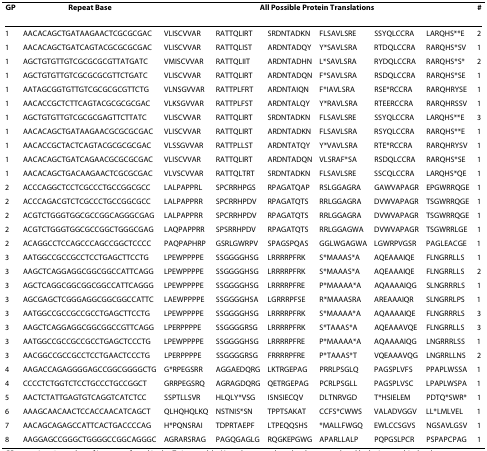
<table><thead><tr><td><b>GP</b></td><td><b>Repeat Base</b></td><td colspan="6"><b>All Possible Protein Translations</b></td><td><b>#</b></td></tr></thead><tbody><tr><td>1</td><td>AACACAGCTGATAAGAACTCGCGCGAC</td><td>VLISCVVAR</td><td>RATTQLIRT</td><td>SRDNTADKN</td><td>FLSAVLSRE</td><td>SSYQLCCRA</td><td>LARQHS**E</td><td>2</td></tr><tr><td>1</td><td>AACACAGCTGATCAGTACGCGCGCGAC</td><td>VLISCVVAR</td><td>RATTQLIST</td><td>ARDNTADQY</td><td>Y*SAVLSRA</td><td>RTDQLCCRA</td><td>RARQHS*SV</td><td>1</td></tr><tr><td>1</td><td>AGCTGTGTTGTCGCGCGCGTTATGATC</td><td>VMISCVVAR</td><td>RATTQLIIT</td><td>ARDNTADHN</td><td>L*SAVLSRA</td><td>RYDQLCCRA</td><td>RARQHS*S*</td><td>2</td></tr><tr><td>1</td><td>AGCTGTGTTGTCGCGCGCGTTCTGATC</td><td>VLISCVVAR</td><td>RATTQLIRT</td><td>ARDNTADQN</td><td>F*SAVLSRA</td><td>RSDQLCCRA</td><td>RARQHS*SE</td><td>1</td></tr><tr><td>1</td><td>AATAGCGGTGTTGTCGCGCGCGTTCTG</td><td>VLNSGVVAR</td><td>RATTPLFRT</td><td>ARDNTAIQN</td><td>F*IAVLSRA</td><td>RSE*RCCRA</td><td>RARQHRYSE</td><td>1</td></tr><tr><td>1</td><td>AACACCGCTCTTCAGTACGCGCGCGAC</td><td>VLKSGVVAR</td><td>RATTPLFST</td><td>ARDNTALQY</td><td>Y*RAVLSRA</td><td>RTEERCCRA</td><td>RARQHRSSV</td><td>1</td></tr><tr><td>1</td><td>AGCTGTGTTGTCGCGCGAGTTCTTATC</td><td>VLISCVVAR</td><td>RATTQLIRT</td><td>SRDNTADKN</td><td>FLSAVLSRE</td><td>SSYQLCCRA</td><td>LARQHS**E</td><td>3</td></tr><tr><td>1</td><td>AACACAGCTGATAAGAACGCGCGCGAC</td><td>VLISCVVAR</td><td>RATTQLIRT</td><td>ARDNTADKN</td><td>FLSAVLSRA</td><td>RSYQLCCRA</td><td>RARQHS**E</td><td>1</td></tr><tr><td>1</td><td>AACACCGCTACTCAGTACGCGCGCGAC</td><td>VLSSGVVAR</td><td>RATTPLLST</td><td>ARDNTATQY</td><td>Y*VAVLSRA</td><td>RTE*RCCRA</td><td>RARQHRYSV</td><td>1</td></tr><tr><td>1</td><td>AACACAGCTGATCAGAACGCGCGCGAC</td><td>VLISCVVAR</td><td>RATTQLIRT</td><td>ARDNTADQN</td><td>VLSRAF*SA</td><td>RSDQLCCRA</td><td>RARQHS*SE</td><td>1</td></tr><tr><td>1</td><td>AACACAGCTGACAAGAACTCGCGCGAC</td><td>VLVSCVVAR</td><td>RATTQLTRT</td><td>SRDNTADKN</td><td>FLSAVLSRE</td><td>SSCQLCCRA</td><td>LARQHS*QE</td><td>1</td></tr><tr><td>2</td><td>ACCCAGGCTCCTCGCCCTGCCGGCGCC</td><td>LALPAPPRL</td><td>SPCRRHPGS</td><td>RPAGATQAP</td><td>RSLGGAGRA</td><td>GAWVAPAGR</td><td>EPGWRRQGE</td><td>1</td></tr><tr><td>2</td><td>ACCCAGACGTCTCGCCCTGCCGGCGCC</td><td>LALPAPPRR</td><td>SPCRRHPDV</td><td>RPAGATQTS</td><td>RRLGGAGRA</td><td>DVWVAPAGR</td><td>TSGWRRQGE</td><td>1</td></tr><tr><td>2</td><td>ACGTCTGGGTGGCGCCGGCAGGGCGAG</td><td>LALPAPPRR</td><td>SPCRRHPDV</td><td>RPAGATQTS</td><td>RRLGGAGRA</td><td>DVWVAPAGR</td><td>TSGWRRQGE</td><td>1</td></tr><tr><td>2</td><td>ACGTCTGGGTGGCGCCGGCTGGGCGAG</td><td>LAQPAPPRR</td><td>SPSRRHPDV</td><td>RPAGATQTS</td><td>RRLGGAGWA</td><td>DVWVAPAGR</td><td>TSGWRRLGE</td><td>1</td></tr><tr><td>2</td><td>ACAGGCCTCCAGCCCAGCCGGCTCCCC</td><td>PAQPAPHRP</td><td>GSRLGWRPV</td><td>SPAGSPQAS</td><td>GGLWGAGWA</td><td>LGWRPVGSR</td><td>PAGLEACGE</td><td>1</td></tr><tr><td>3</td><td>AATGGCCGCCGCCTCCTGAGCTTCCTG</td><td>LPEWPPPPE</td><td>SSGGGGHSG</td><td>LRRRRPFRK</td><td>S*MAAAS*A</td><td>AQEAAAIQE</td><td>FLNGRRLLS</td><td>1</td></tr><tr><td>3</td><td>AAGCTCAGGAGGCGGCGGCCATTCAGG</td><td>LPEWPPPPE</td><td>SSGGGGHSG</td><td>LRRRRPFRK</td><td>S*MAAAS*A</td><td>AQEAAAIQE</td><td>FLNGRRLLS</td><td>2</td></tr><tr><td>3</td><td>AGCTCAGGCGGCGGCGGCCATTCAGGG</td><td>LPEWPPPPE</td><td>SSGGGGHSG</td><td>LRRRRPFRE</td><td>P*MAAAA*A</td><td>AQAAAAIQG</td><td>SLNGRRRLS</td><td>1</td></tr><tr><td>3</td><td>AGCGAGCTCGGGAGGCGGCGGCCATTC</td><td>LAEWPPPPE</td><td>SSGGGGHSA</td><td>LGRRRPFSE</td><td>R*MAAASRA</td><td>AREAAAIQR</td><td>SLNGRRLPS</td><td>1</td></tr><tr><td>3</td><td>AATGGCCGCCGCCGCCTGAGCTTCCTG</td><td>LPEWPPPPE</td><td>SSGGGGHSG</td><td>LRRRRPFRK</td><td>S*MAAAA*A</td><td>AQAAAAIQE</td><td>FLNGRRRLS</td><td>3</td></tr><tr><td>3</td><td>AAGCTCAGGAGGCGGCGGCCGTTCAGG</td><td>LPERPPPPE</td><td>SSGGGGRSG</td><td>LRRRRPFRK</td><td>S*TAAAS*A</td><td>AQEAAAVQE</td><td>FLNGRRLLS</td><td>3</td></tr><tr><td>3</td><td>AATGGCCGCCGCCGCCTGAGCTCCCTG</td><td>LPEWPPPPE</td><td>SSGGGGHSG</td><td>LRRRRPFRE</td><td>P*MAAAA*A</td><td>AQAAAAIQG</td><td>LNGRRRLSS</td><td>1</td></tr><tr><td>3</td><td>AACGGCCGCCGCCTCCTGAACTCCCTG</td><td>LPERPPPPE</td><td>SSGGGGRSG</td><td>FRRRRPFRE</td><td>P*TAAAS*T</td><td>VQEAAAVQG</td><td>LNGRRLLNS</td><td>2</td></tr><tr><td>4</td><td>AAGACCAGAGGGGAGCCGGCGGGGCTG</td><td>G*RPEGSRR</td><td>AGGAEDQRG</td><td>LKTRGEPAG</td><td>PRRLPSGLQ</td><td>PAGSPLVFS</td><td>PPAPLWSSA</td><td>1</td></tr><tr><td>4</td><td>CCCCTCTGGTCTCCTGCCCTGCCGGCT</td><td>GRRPEGSRQ</td><td>AGRAGDQRG</td><td>QETRGEPAG</td><td>PCRLPSGLL</td><td>PAGSPLVSC</td><td>LPAPLWSPA</td><td>1</td></tr><tr><td>5</td><td>AACTCTATTGAGTGTCAGGTCATCTCC</td><td>SSPTLLSVR</td><td>HLQLY*VSG</td><td>ISNSIECQV</td><td>DLTNRVGD</td><td>T*HSIELEM</td><td>PDTQ*SWR*</td><td>1</td></tr><tr><td>6</td><td>AAAGCAACAACTCCACCAACATCAGCT</td><td>QLHQHQLKQ</td><td>NSTNIS*SN</td><td>TPPTSAKAT</td><td>CCFS*CWWS</td><td>VALADVGGV</td><td>LL*LMLVEL</td><td>1</td></tr><tr><td>7</td><td>AACAGCAGAGCCATTCACTGACCCCAG</td><td>H*PQNSRAI</td><td>TDPRTAEPF</td><td>LTPEQQSHS</td><td>*MALLFWGQ</td><td>EWLCCSGVS</td><td>NGSAVLGSV</td><td>1</td></tr><tr><td>8</td><td>AAGGAGCCGGGCTGGGGCCGGCAGGGC</td><td>AGRARSRAG</td><td>PAGQGAGLG</td><td>RQGKEPGWG</td><td>APARLLALP</td><td>PQPGSLPCR</td><td>PSPAPCPAG</td><td>1</td></tr></tbody></table>